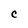
Character: C